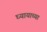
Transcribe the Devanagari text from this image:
घ्यायाच्या